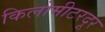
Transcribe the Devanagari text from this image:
किलोमीटरदूर